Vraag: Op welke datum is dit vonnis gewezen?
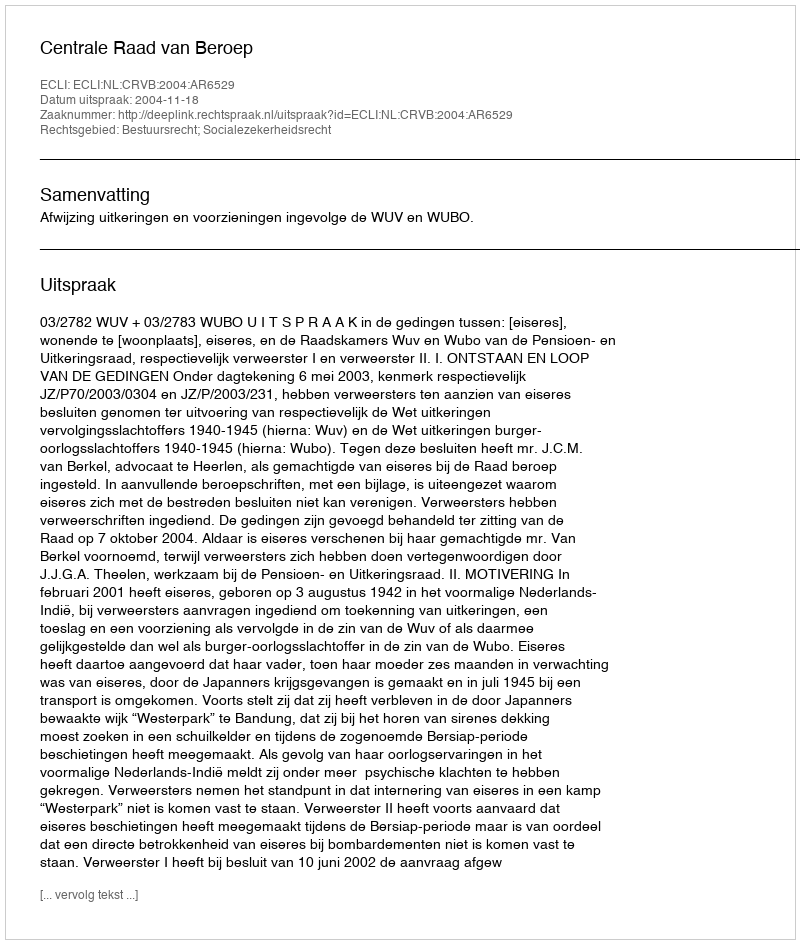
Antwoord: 2004-11-18